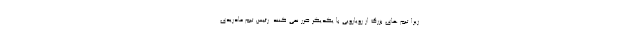
زیرا تیم های بزرگ از رویارویی با یکدیگر ضرر نمی کنند. رئیس تیم مادریدی